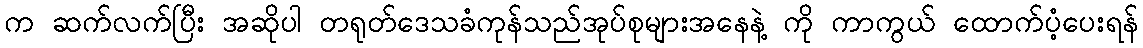
က ဆက်လက်ပြီး အဆိုပါ တရုတ်ဒေသခံကုန်သည်အုပ်စုများအနေနဲ့ ကို ကာကွယ် ထောက်ပံ့ပေးရန်